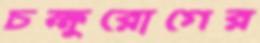
চক্ষুরোগের